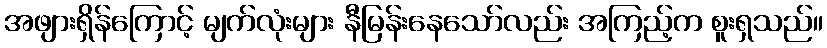
အဖျားရှိန်ကြောင့် မျက်လုံးများ နီမြန်းနေသော်လည်း အကြည့်က စူးရှသည်။